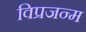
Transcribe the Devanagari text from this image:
विप्रजन्म